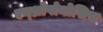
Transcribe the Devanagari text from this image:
एन्थ्रोपोनोसिस